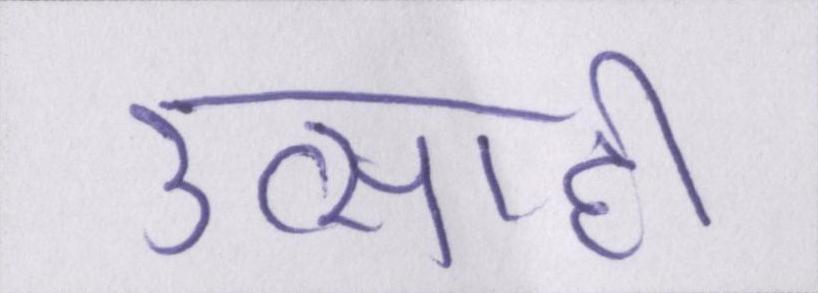
उत्साही